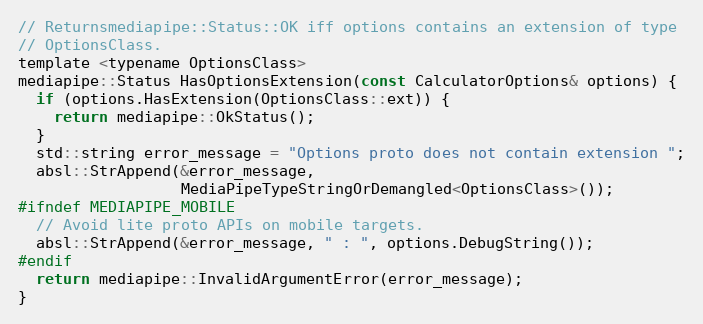
Language: C
// Returnsmediapipe::Status::OK iff options contains an extension of type
// OptionsClass.
template <typename OptionsClass>
mediapipe::Status HasOptionsExtension(const CalculatorOptions& options) {
  if (options.HasExtension(OptionsClass::ext)) {
    return mediapipe::OkStatus();
  }
  std::string error_message = "Options proto does not contain extension ";
  absl::StrAppend(&error_message,
                  MediaPipeTypeStringOrDemangled<OptionsClass>());
#ifndef MEDIAPIPE_MOBILE
  // Avoid lite proto APIs on mobile targets.
  absl::StrAppend(&error_message, " : ", options.DebugString());
#endif
  return mediapipe::InvalidArgumentError(error_message);
}